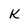
Character: K